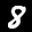
Label: 8